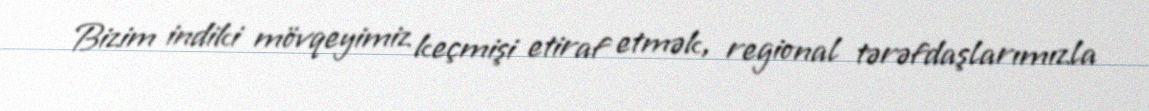
Bizim indiki mövqeyimiz keçmişi etiraf etmək, regional tərəfdaşlarımızla